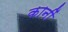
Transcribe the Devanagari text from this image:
कानीं